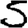
Digit: 5